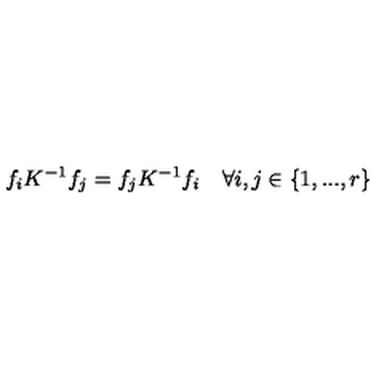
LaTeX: f _ { i } K ^ { - 1 } f _ { j } = f _ { j } K ^ { - 1 } f _ { i } \quad \forall i , j \in \left\{ 1 , . . . , r \right\}